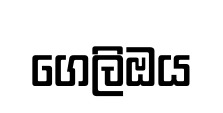
ගෙලිඔය